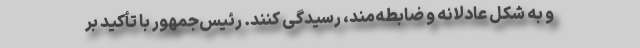
و به شکل عادلانه و ضابطه‌مند، رسیدگی کنند. رئیس‌جمهور با تأکید بر